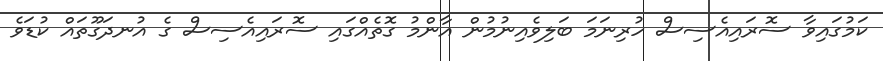
ކަމުގައިވާ ސޮރައިއެސިސް ހުރިނަމަ ބަލިވެއިނުމުން އާންމު ގޮތެއްގައި ސޮރައިއެސިސް ގެ އުނދަގޫތައް ކުޑަވެ